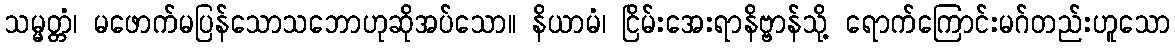
သမ္မတ္တံ၊ မဖောက်မပြန်သောသဘောဟုဆိုအပ်သော။ နိယာမံ၊ ငြိမ်းအေးရာနိဗ္ဗာန်သို့ ရောက်ကြောင်းမဂ်တည်းဟူသော